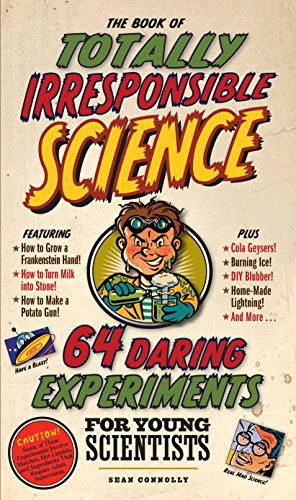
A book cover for The Book of Totally Irresponsible Science: 64 Daring Experiments for Young Scientists; Sean Connolly; Children's Books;